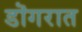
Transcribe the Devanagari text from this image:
डॊगरात